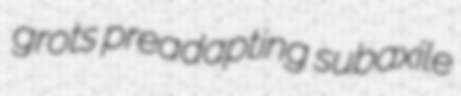
grots preadapting subaxile